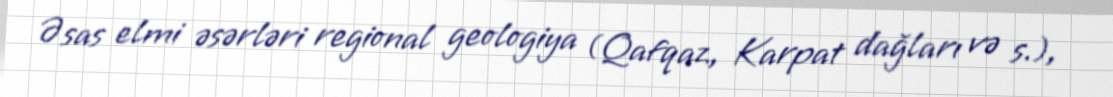
Əsas elmi əsərləri regional geologiya (Qafqaz, Karpat dağları və s.),